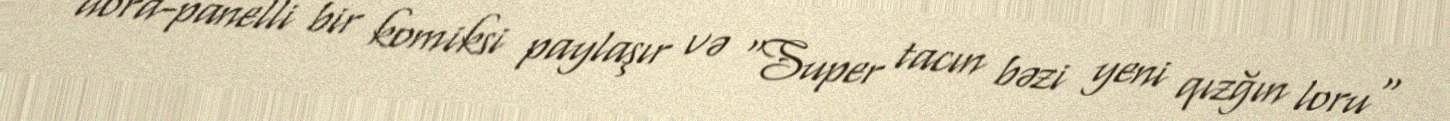
dörd-panelli bir komiksi paylaşır və "Super tacın bəzi yeni qızğın loru"